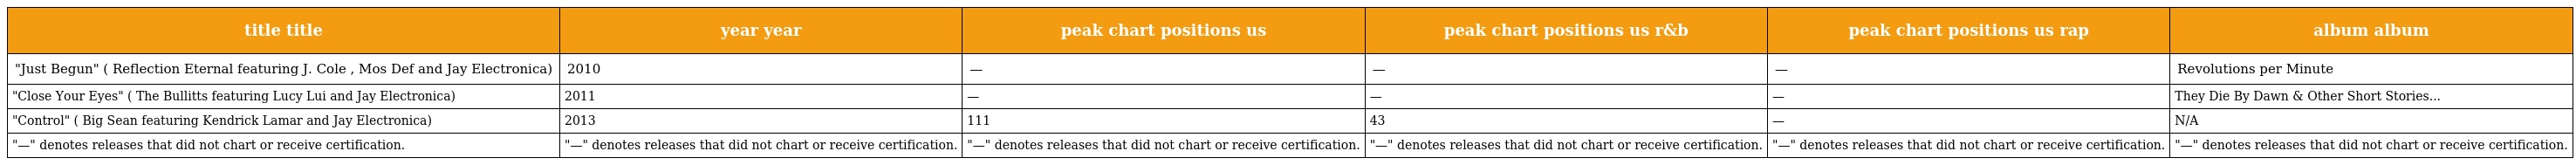
| title title | year year | peak chart positions us | peak chart positions us r&b | peak chart positions us rap | album album |
 | --- | --- | --- | --- | --- | --- |
 | "Just Begun" ( Reflection Eternal featuring J. Cole , Mos Def and Jay Electronica) | 2010 | — | — | — | Revolutions per Minute |
 | "Close Your Eyes" ( The Bullitts featuring Lucy Lui and Jay Electronica) | 2011 | — | — | — | They Die By Dawn & Other Short Stories... |
 | "Control" ( Big Sean featuring Kendrick Lamar and Jay Electronica) | 2013 | 111 | 43 | — | N/A |
 | "—" denotes releases that did not chart or receive certification. | "—" denotes releases that did not chart or receive certification. | "—" denotes releases that did not chart or receive certification. | "—" denotes releases that did not chart or receive certification. | "—" denotes releases that did not chart or receive certification. | "—" denotes releases that did not chart or receive certification. |